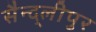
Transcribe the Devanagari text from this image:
सैन्द्लीपुर